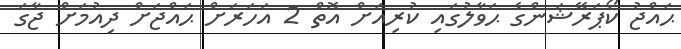
ޙައްޖު ކޯޕަރޭޝަންގެ ޙަވާލުގައި ކުރިއަށް އޮތް 2 އަހަރަށް ޙައްޖަށް ދިއުމަށް ޖާގަ